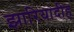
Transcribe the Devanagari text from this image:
झारियादीह